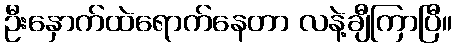
ဦးနှောက်ထဲရောက်နေတာ လနဲ့ချီကြာပြီ။